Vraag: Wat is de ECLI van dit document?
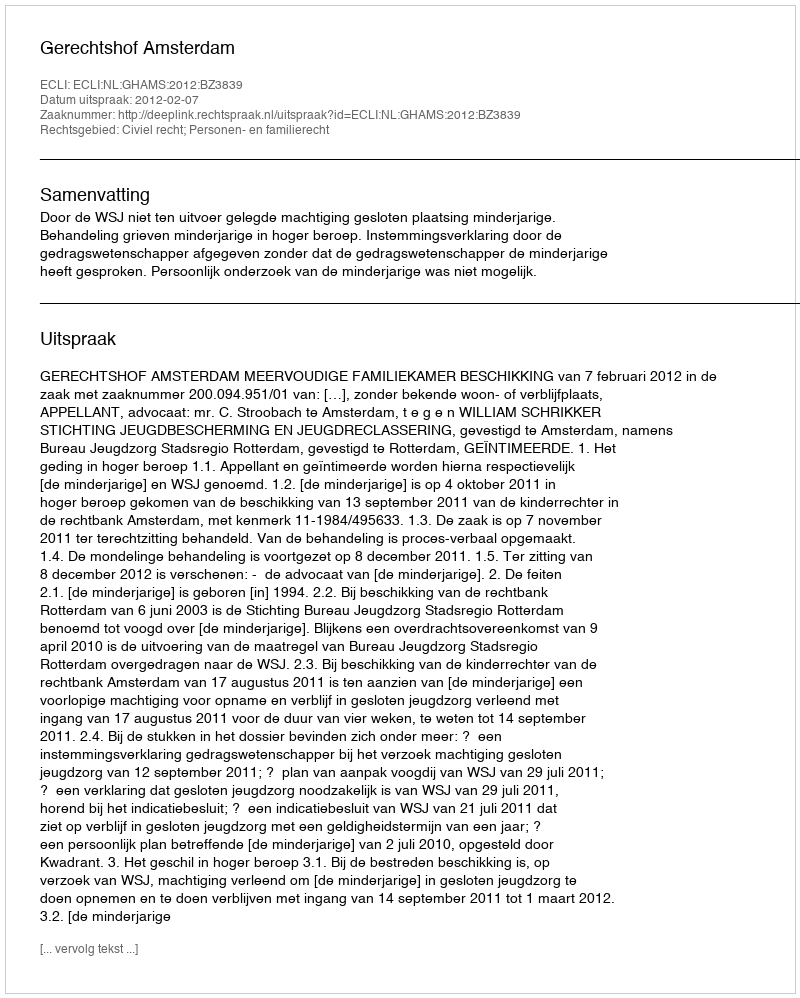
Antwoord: ECLI:NL:GHAMS:2012:BZ3839